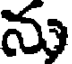
ను